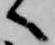
へ